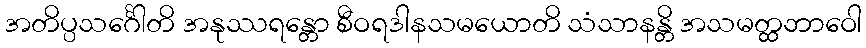
အတိပ္ပသင်္ဂေါတိ အနုဿရန္တော စီဝရဒါနသမယောတိ သံသာနန္တိ အသမတ္ထဘာဝေါ